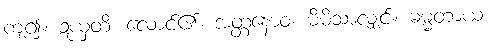
ကျ၍။ ဍယှတိ၊ လောင်၏။ အတ္တနောဝ၊ မိမိသာလျှင်။ ဓမ္မတာယ၊